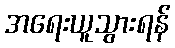
အရေးယူသွားရန်